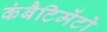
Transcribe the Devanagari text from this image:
कंबैटिमेंटो